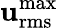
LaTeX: \mathbf{u}_{\mathrm{{rms}}}^{\mathrm{{max}}}